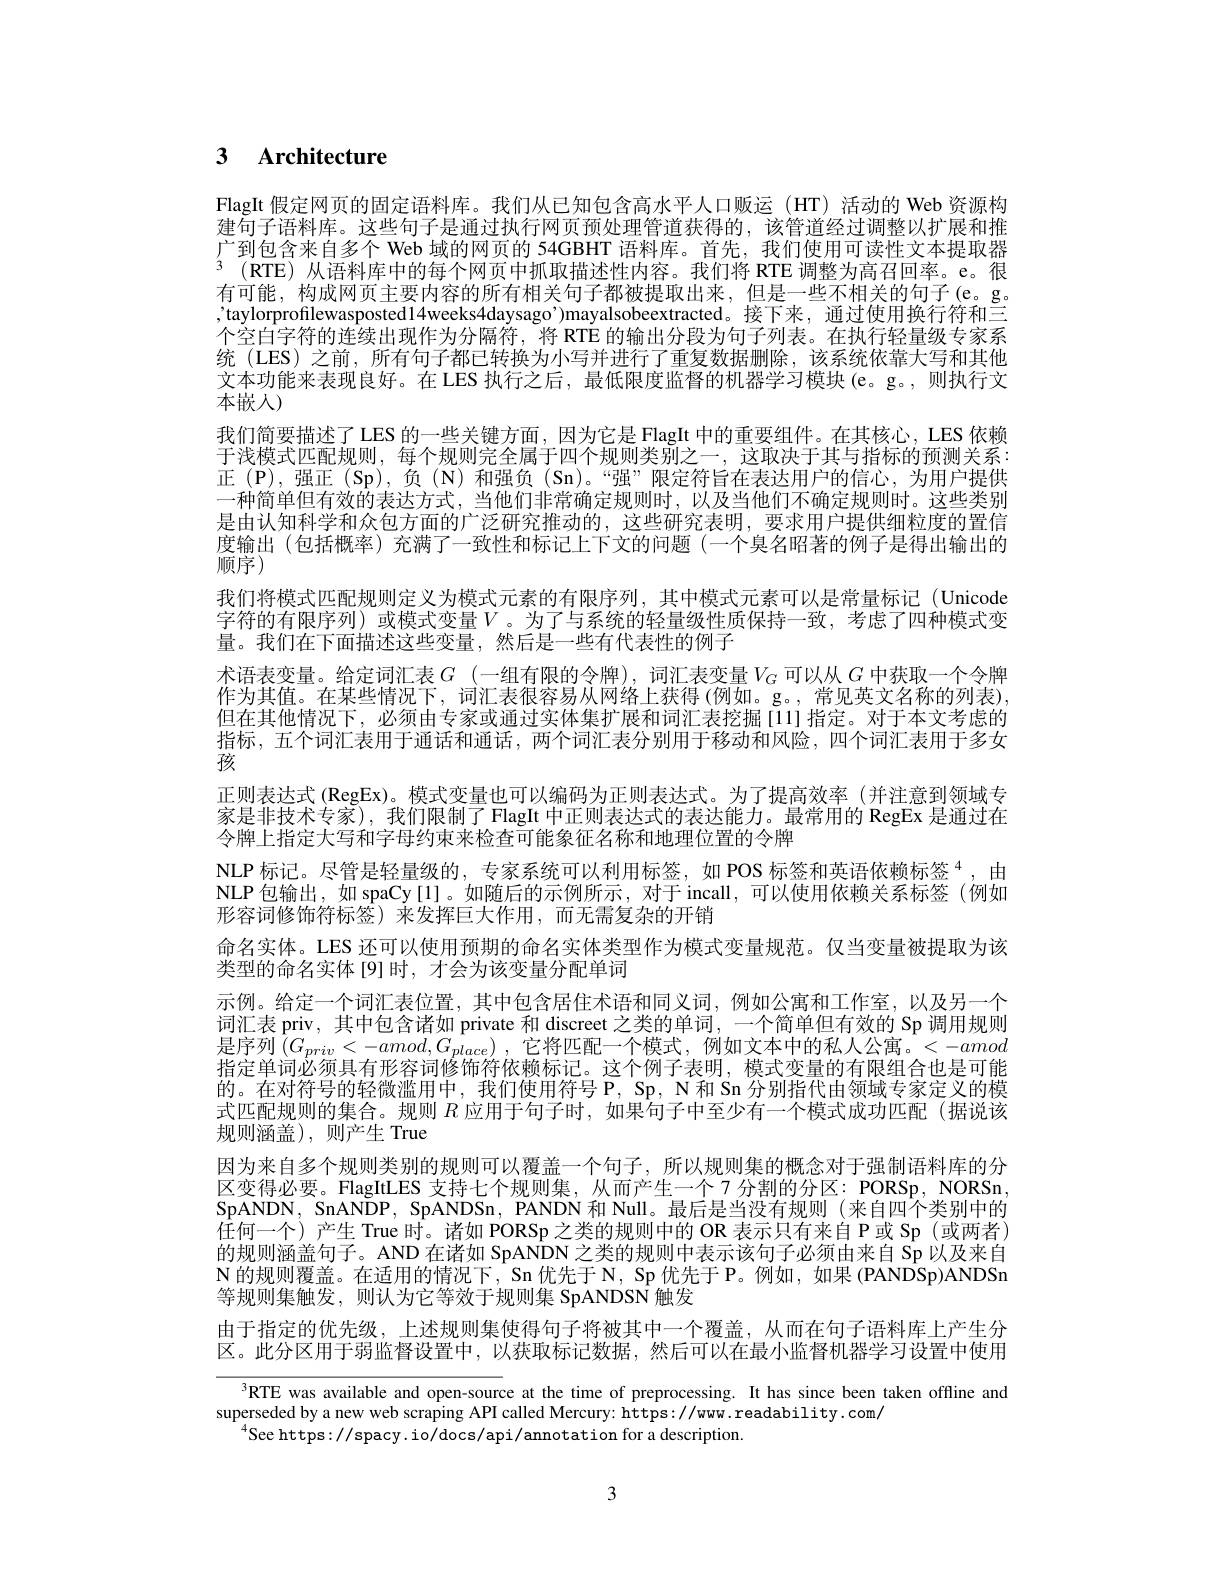
# 3 $\textbf{Architecture}$

FlagIt 假定网页的固定语料库。我们从已知包含高水平人口贩运(HT)活动的 Web 资源构建句子语料库。这些句子是通过执行网页预处理管道获得的，该管道经过调整以扩展和推广到包含来自多个 Web 域的网页的 54GBHT 语料库。首先，我们使用可读性文本提取器3 (RTE) 从语料库中的每个网页中抓取描述性内容。我们将 RTE 调整为高召回率。e。很有可能，构成网页主要内容的所有相关句子都被提取出来，但是一些不相关的句子(e。g。,'taylorprofilewasposted14weeks4daysago’)mayalsobeextracted。接下来，通过使用换行符和三个空白字符的连续出现作为分隔符，将 RTE 的输出分段为句子列表。在执行轻量级专家系统 (LES) 之前，所有句子都已转换为小写并进行了重复数据删除，该系统依靠大写和其他文本功能来表现良好。在 LES 执行之后，最低限度监督的机器学习模块(e。g。,则执行文本嵌入)
我们简要描述了 LES 的一些关键方面，因为它是 FlagIt 中的重要组件。在其核心，LES 依赖于浅模式匹配规则，每个规则完全属于四个规则类别之一 ,这取决于其与指标的预测关系： 正(P),强正(Sp),负(N)和强负(Sn)。“强”限定符旨在表达用户的信心，为用户提供一种简单但有效的表达方式，当他们非常确定规则时，以及当他们不确定规则时。这些类别是由认知科学和众包方面的广泛研究推动的，这些研究表明，要求用户提供细粒度的置信度输出(包括概率)充满了一致性和标记上下文的问题(一个臭名昭著的例子是得出输出的顺序$\overline$
我们将模式匹配规则定义为模式元素的有限序列，其中模式元素可以是常量标记(Unicode 字符的有限序列) 或模式变量$V$。为了与系统的轻量级性质保持一致，考虑了四种模式变量。我们在下面描述这些变量，然后是一些有代表性的例子
术语表变量。给定词汇表$G$ (一组有限的令牌),词汇表变量$V_G$可以从$G$ 中获取一个令牌作为其值。在某些情况下，词汇表很容易从网络上获得 (例如。g。,常见英文名称的列表), 但在其他情况下，必须由专家或通过实体集扩展和词汇表挖掘[11]指定。对于本文考虑的指标，五个词汇表用于通话和通话，两个词汇表分别用于移动和风险，四个词汇表用于多女孩
正则表达式 (RegEx)。模式变量也可以编码为正则表达式。为了提高效率(并注意到领域专家是非技术专家),我们限制了FlagIt 中正则表达式的表达能力。最常用的 RegEx 是通过在令牌上指定大写和字母约束来检查可能象征名称和地理位置的令牌
NLP 标记。尽管是轻量级的，专家系统可以利用标签，如 POS 标签和英语依赖标签$^{4}$,由NLP包输出，如 spaCy[1]。如随后的示例所示，对于 incall,可以使用依赖关系标签(例如形容词修饰符标签)来发挥巨大作用，而无需复杂的开销
命名实体。LES 还可以使用预期的命名实体类型作为模式变量规范。仅当变量被提取为该
类型的命名实体[9]时，才会为该变量分配单词
示例。给定一个词汇表位置，其中包含居住术语和同义词，例如公寓和工作室，以及另一个词汇表 priv, 其中包含诸如 private 和 discreet 之类的单词，一个简单但有效的 Sp 调用规则是序列$\left(G_priv<-amod,G_{place}\right)$,它将匹配一个模式，例如文本中的私人公寓。$<-amod$ 指定单词必须具有形容词修饰符依赖标记。这个例子表明，模式变量的有限组合也是可能的。在对符号的轻微滥用中，我们使用符号 P, Sp, N 和 Sn 分别指代由领域专家定义的模式匹配规则的集合。规则$R$应用于句子时，如果句子中至少有一个模式成功匹配(据说该规则涵盖),则产生 True
因为来自多个规则类别的规则可以覆盖一个句子，所以规则集的概念对于强制语料库的分区变得必要。FlagItLES 支持七个规则集，从而产生一个7 分割的分区：PORSp, NORSn, SpANDN, SnANDP, SpANDSn, PANDN 和 Null。最后是当没有规则 (来自四个类别中的$\hat{\text{任何一个)产生 True 时。诸如 PORSp之类的规则中的 OR 表示只有来自 P 或 Sp(或两者)}}$ 的规则涵盖句子。AND 在诸如 SpANDN 之类的规则中表示该句子必须由来自 Sp 以及来自$\mathbf{N}$的规则覆盖。在适用的情况下，Sn 优先于 N, Sp 优先于 P。例如，如果 (PANDSp)ANDSn 等规则集触发，则认为它等效于规则集 SpANDSN 触发
由于指定的优先级，上述规则集使得句子将被其中一个覆盖，从而在句子语料库上产生分区。此分区用于弱监督设置中，以获取标记数据，然后可以在最小监督机器学习设置中使用
RTE was available and open- source at the time of preprocessing.  It has since been taken offline and

superseded by a new web scraping API called Mercury: https://www.readability.com/
$^{4}$See https://spacy. io/docs/api/annotation for a description.

3